Annual report of the Punjab Veterinary College and of the Civil Veterinary Department, Punjab - 1920-1925
Year: 1920
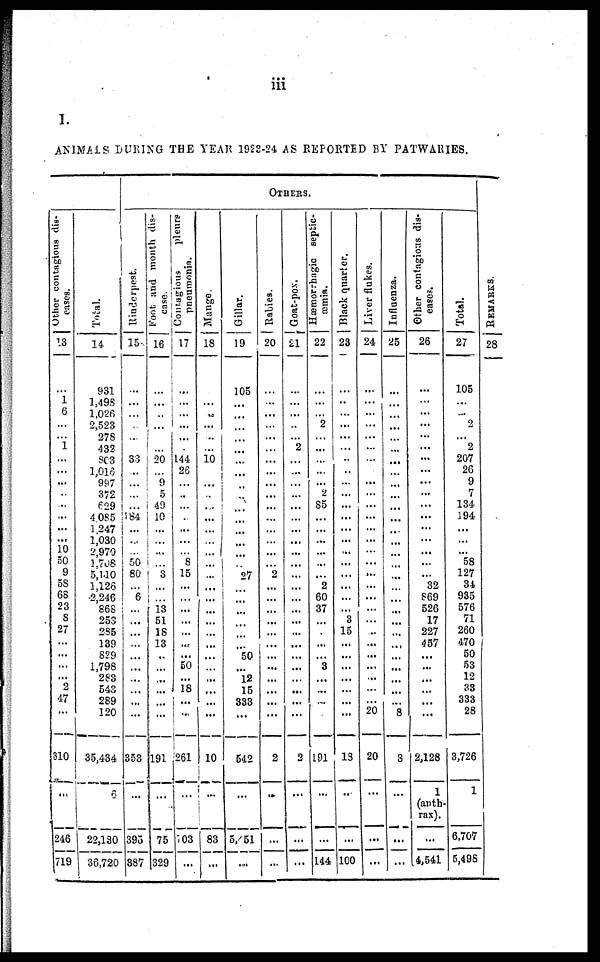
iii
I.
ANIMALS DURING THE YEAR 1923-24 AS REPORTED BY PATWARIES.
Other contagious dis-
eases.
13
i
6
...
i
...
...
...
...
...
...
...
10
50
9
58
68
23
8
27
...
...
...
...
2
47
...
310
...
246
719
Total.
14
931
1,498
l,026
2,523
278
432
3C3
1,016
997
372
629
4 085
1.247
1,030
2,970
1,706
5,140
1,126
•2,246
868
253
285
139
829
1,798
283
543
289
120
35,434
6
22,130
36.720
Rinderpest.
15
...
...
...
...
...
33
...
...
5 84
...
...
50
80
6
...
...
...
...
...
...
...
...
...
353
...
393
887
Foot and month dis-
-ase.
16
...
...
...
...
...
20
...
9
5
49
10
...
...
...
3
...
...
13
51
18
13
..
...
...
...
...
...
191
... ...
75
329
Contagious
pleurs
pneumonia.
17
....
...
...
...
...
144
26
...
..
...
...
...
8
15
...
...
...
...
...
...
...
50
...
18
...
...
261
...
703
...
Mange.
18
...
..
...
...
...
10
...
...
...
...
...
...
...
...
...
...
...
...
...
...
...
...
...
...
...
10
...
83
...
Gillar.
19
105
...
...
...
...
...
...
...
...
...
...
...
....
...
...
27
...
...
...
...
...
...
50
...
12
15
333
542
...
5,51
...
OTHERS.
Rabies.
20
...
...
...
...
...
...
...
...
...
...
...
...
...
2
...
...
...
...
...
...
...
...
...
...
...
2
....
...
...
Goat-pox.
21
...
...
..
...
2
...
...
...
...
...
...
...
...
...
...
...
...
...
...
...
...
...
...
...
...
...
...
2
...
...
...
Hæmorrhagic septic-
-mia.
22
...
2
...
...
...
...
...
2
85
...
...
...
...
...
...
2
60
37
...
...
...
3
...
...
....
191
...
...
144
Black quarter.
23
..
...
...
...
..
..
...
...
...
...
...
...
...
...
...
...
...
...
3
15
...
...
...
...
...
...
...
13
....
...
100
Liver flukes.
24
...
...
...
...
...
...
...
...
...
...
...
...
...
...
...
...
...
...
...
...
...
...
...
...
...
...
20
20
...
...
...
Influenza.
25
...
...
...
...
...
...
...
...
...
...
...
...
...
...
...
...
...
...
...
...
...
...
...
...
...
8
8
...
...
...
Other contagious dis-
-ases.
26
...
...
...
...
...
...
...
...
...
...
...
...
...
...
...
...
32
869
526
17
227
457
...
...
...
...
...
...
2,128
1
(anth-
rax).
...
.4,541
Total.
27
105
...
...
2
...
2
207
26
9
7
134
194
...
...
...
58
127
34
935
576
71
260
470
50
53
12
33
333
28
3,726
1
6,707
5,498
REMARKS.
28